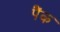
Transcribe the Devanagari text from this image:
पैंक